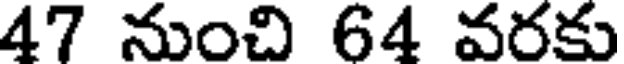
47 నుంచి 64 వరకు